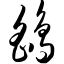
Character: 鹞